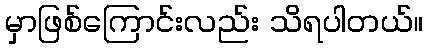
မှာဖြစ်ကြောင်းလည်း သိရပါတယ်။